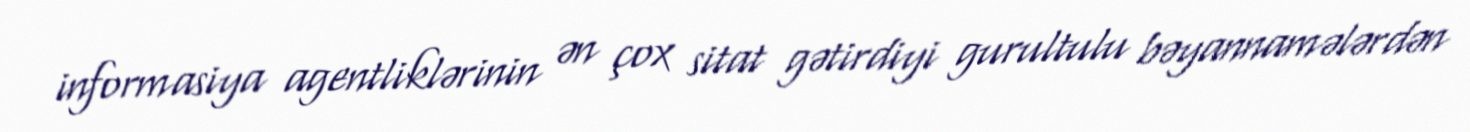
informasiya agentliklərinin ən çox sitat gətirdiyi gurultulu bəyannamələrdən